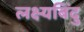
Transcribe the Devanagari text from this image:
लक्ष्यबिंदु